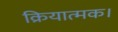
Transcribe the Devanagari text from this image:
क्रियात्मक।